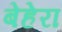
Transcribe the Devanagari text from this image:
बेहेरा